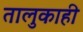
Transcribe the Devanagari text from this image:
तालुकाही